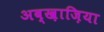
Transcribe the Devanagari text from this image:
अब्ख़ाज़िया